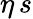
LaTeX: \eta\, s